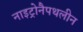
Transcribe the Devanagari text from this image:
नाइट्रोनैपथलीन